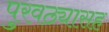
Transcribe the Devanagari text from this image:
पुरवठ्यासह